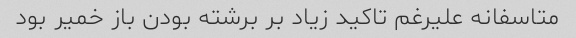
متاسفانه علیرغم تاکید زیاد بر برشته بودن باز خمیر بود